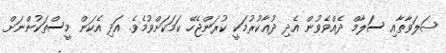
ޞަލަވާތާއި ސަލާމް ދެއްވެވުން އެދި ދުޢާކުރުމަކީ ކުރަންޖެހޭ ކަމަކަށްވުމެވެ. އަދި އެކަން މީސްތަކުންނަށް